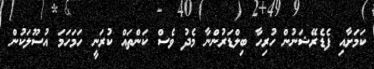
ކަމަށާއި ފެޑެރޭޝަނުން ހުރިހާ ބިލްޑަރުންނާ މެދު ވެސް ކަންތައް ކުރަނީ ހަމަހަމަ އުސޫލަކުން